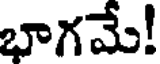
భాగమే!